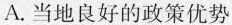
A.当地良好的政策优势